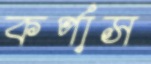
কর্পাস